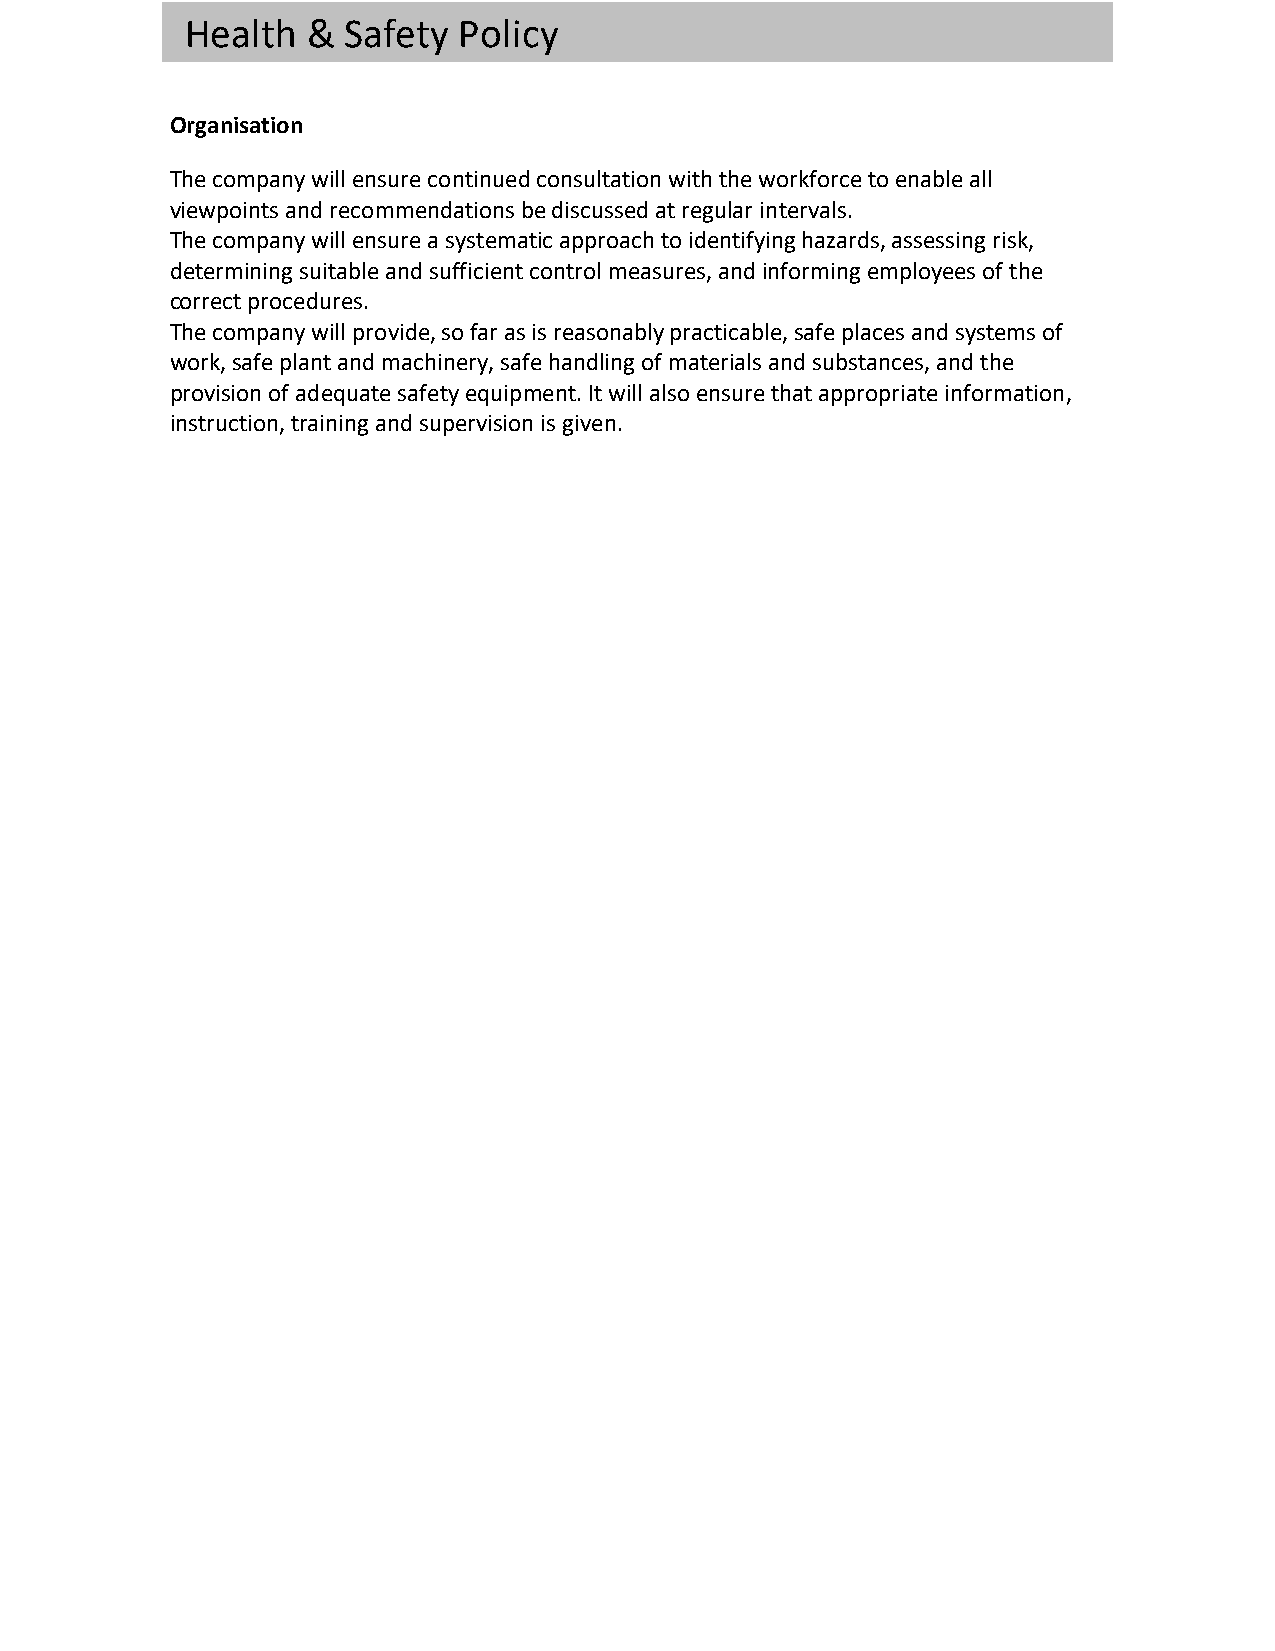
Health  &  Safety Policy
 Organisation
 The company will ensure continued consultation with the workforce to enable all
 viewpoints and recommendations be discussed at regular intervals.
 The company will ensure a systematic approach to identifying hazards, assessing risk,
 determining suitable and sufficient control measures, and informing employees of the
 correct procedures.
 The company will provide, so far as is reasonably practicable, safe places and systems of
 work, safe plant and machinery, safe handling of materials and substances, and the
 provision of adequate safety equipment. It will also ensure that appropriate information,
 instruction, training and supervision is given.